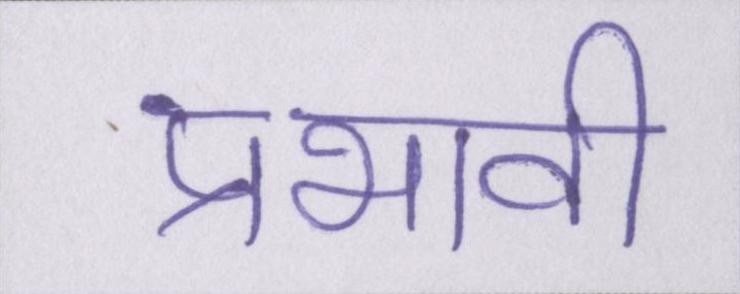
प्रभावी